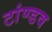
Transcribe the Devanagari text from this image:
टांण्डव